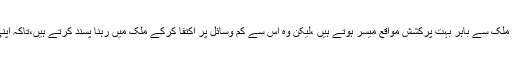
ہمارے انسانی وسائل کاایک حصہ ایسا بھی ہے جسے اگرچہ ملک سے باہر بہت پْرکشش مواقع میسر ہوتے ہیں ،لیکن وہ اْس سے کم وسائل پر اکتفا کرکے ملک میں رہنا پسند کرتے ہیں،تاکہ اپنی خداداد صلاحیتوں کے ذریعے اپنے ملک کی خدمت کریں ۔